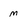
Character: m